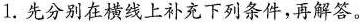
1.先分别在横线上补充下列条件，再解答。